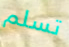
تسلم